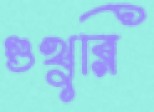
গুখুরি